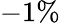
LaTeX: -1\%